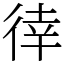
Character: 𢔛